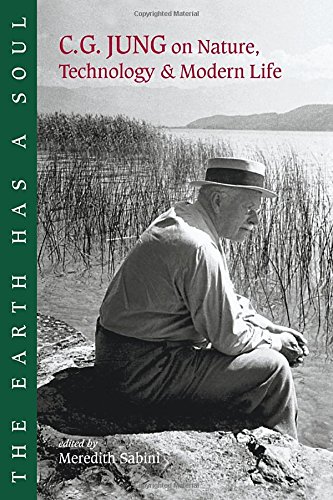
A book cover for The Earth Has a Soul: C.G. Jung on Nature, Technology & Modern Life; C. G. Jung; Medical Books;